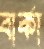
বার্কা